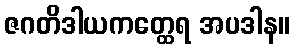
ဇဂတိဒါယကတ္ထေရ အပဒါန။